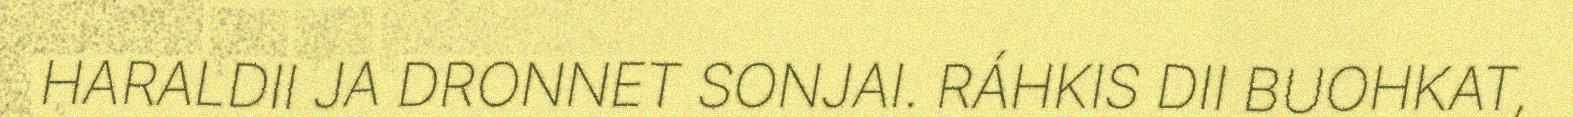
HARALDII JA DRONNET SONJAI. RÁHKIS DII BUOHKAT,